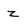
Character: z